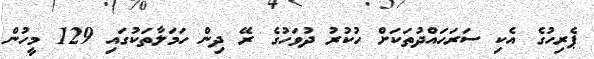
ޕެރިހުގެ އެކި ސަރަހައްދުތަކަށް ހުކުރު ދުވަހުގެ ރޭ ދިން ހަމަލާތަކުގައި 129 މީހުން